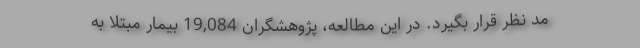
مد نظر قرار بگیرد. در این مطالعه، پژوهشگران 19,084 بیمار مبتلا به